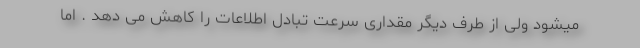
میشود ولی از طرف دیگر مقداری سرعت تبادل اطلاعات را کاهش می دهد . اما